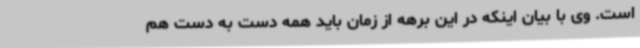
است. وی با بیان اینکه در این برهه از زمان باید همه دست ‌به ‌دست هم